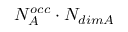
N _ { A } ^ { o c c } \cdot N _ { d i m A }